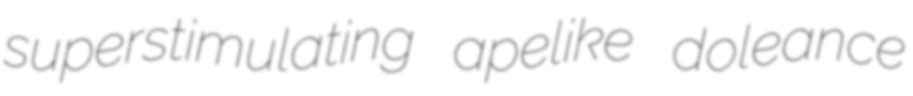
superstimulating apelike doleance